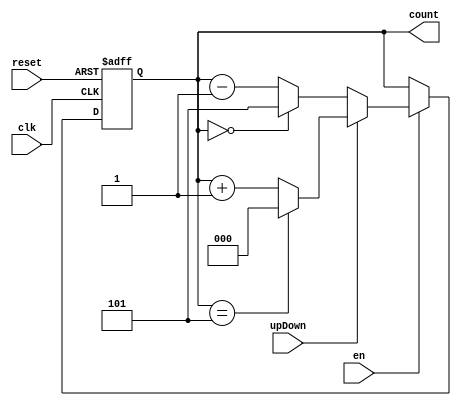
module counter_x_bit #(parameter x = 3, n = 6)(input clk, reset,en,upDown, output  [x-1:0] count);
reg [x-1:0] count;
always @(posedge clk, posedge reset) 
begin
    
    if (reset == 1) count <= 0;
    
    else
        if(en == 1)        
            begin
                if(upDown == 1)        // Up counting, mod n
                    if(count == n-1) count<=0;
                    else count<= count + 1;
            
            else
                begin            // Down Counting, resets at zero to n-1
                     if(count == 0) count<=n-1;
                     else count <= count - 1;
                end 
        end
        else
              count <= count ;

end
endmodule